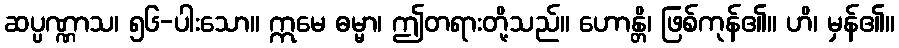
ဆပ္ပဏ္ဏာသ၊ ၅၆-ပါးသော။ ဣမေ ဓမ္မာ၊ ဤတရားတို့သည်။ ဟောန္တိ၊ ဖြစ်ကုန်၏။ ဟိ၊ မှန်၏။